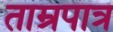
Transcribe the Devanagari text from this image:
ताम्रपात्र